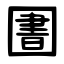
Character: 圕